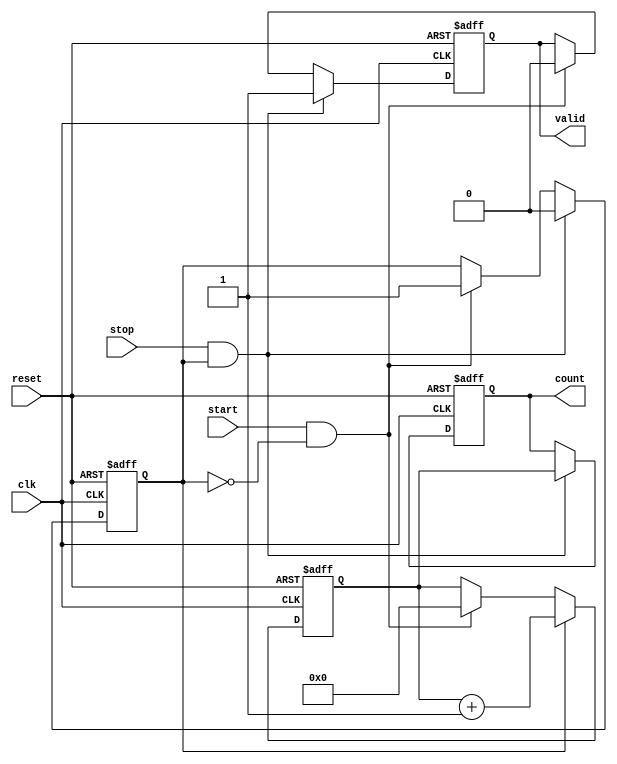
module TDC (
    input wire clk,          // Clock input
    input wire reset,        // Reset signal
    input wire start,        // Start signal
    input wire stop,         // Stop signal
    output reg [N-1:0] count, // Output register for the count
    output reg valid         // Valid signal to indicate count is ready
);
    parameter N = 16;        // Bit-width of the counter
    reg [N-1:0] counter;     // N-bit counter
    reg counting;            // State to indicate if counting is active

    // Control logic
    always @(posedge clk or posedge reset) begin
        if (reset) begin
            counter <= 0;    // Reset counter
            count <= 0;      // Reset output count
            valid <= 0;      // Reset valid signal
            counting <= 0;    // Reset counting state
        end else begin
            if (start && !counting) begin
                counting <= 1; // Start counting
                counter <= 0;  // Reset counter on start
                valid <= 0;    // Reset valid signal
            end
            
            if (counting) begin
                counter <= counter + 1; // Increment counter
            end
            
            if (stop && counting) begin
                counting <= 0; // Stop counting
                count <= counter; // Capture the count
                valid <= 1;    // Set valid signal
            end
        end
    end
endmodule